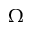
\Omega